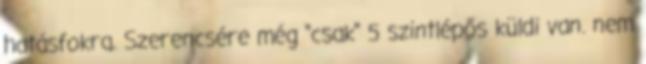
hatásfokra. Szerencsére még "csak" 5 szintlépős küldi van. nem